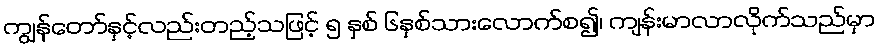
ကျွန်တော်နှင့်လည်းတည့်သဖြင့် ၅ နှစ် ၆နှစ်သားလောက်စ၍၊ ကျန်းမာလာလိုက်သည်မှာ